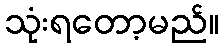
သုံးရတော့မည်။